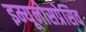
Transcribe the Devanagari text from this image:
इम्यूनोसप्रेसिव